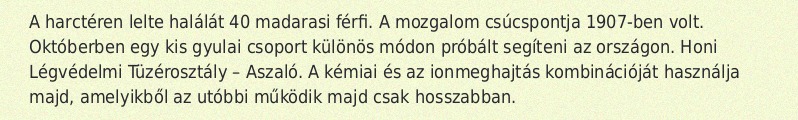
A harctéren lelte halálát 40 madarasi férfi. A mozgalom csúcspontja 1907-ben volt. Októberben egy kis gyulai csoport különös módon próbált segíteni az országon. Honi Légvédelmi Tüzérosztály – Aszaló. A kémiai és az ionmeghajtás kombinációját használja majd, amelyikből az utóbbi működik majd csak hosszabban.